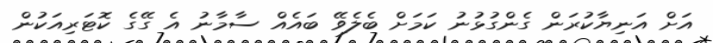
އަށް އަނިޔާކުރަން ގެންގުޅުނު ކަމަށް ބެލެވޭ ބައެއް ސާމާނު އެ ގޭގެ ކޮޓަރިއަކުން